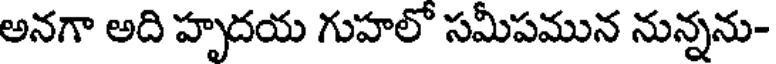
అనగా అది హృదయ గుహలో సమీపమున నున్నను-